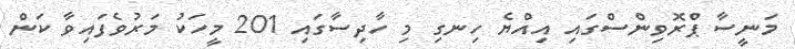
މަނީސާ ޕްރޮވިންސްގައި އިއްޔެ ހިނގި މި ހާދިސާގައި 201 މީހަކު މަރުވެފައިވާ ކަން